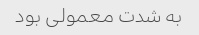
به شدت معمولی بود